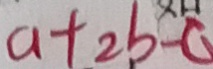
a + 2 b - c